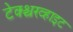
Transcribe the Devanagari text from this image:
टेक्श्चरव्हाइट